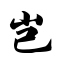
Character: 岂